Annual report of the Madras Medical College
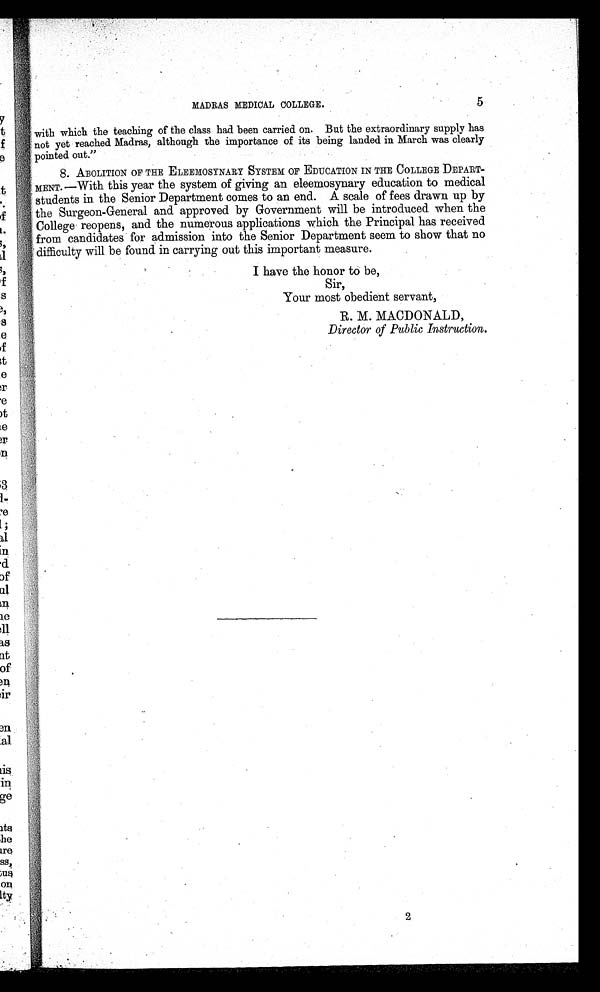
MADRAS MEDICAL COLLEGE.
5
with which the teaching of the class had been carried on. But the extraordinary supply has
not yet reached Madras, although the importance of its being landed in March was clearly
pointed out."
8. ABOLITION OF THE ELEEMOSYNARY SYSTEM OF EDUCATION IN THE COLLEGE DEPART-
MENT.—With this year the system of giving an eleemosynary education to medical
students in the Senior Department comes to an end. A scale of fees drawn up by
the Surgeon-General and approved by Government will be introduced when the
College reopens, and the numerous applications which the Principal has received
from candidates for admission into the Senior Department seem to show that no
difficulty will be found in carrying out this important measure.
I have the honor to be,
Sir,
Your most obedient servant,
R. M. MACDONALD,
Director of Public Instruction.